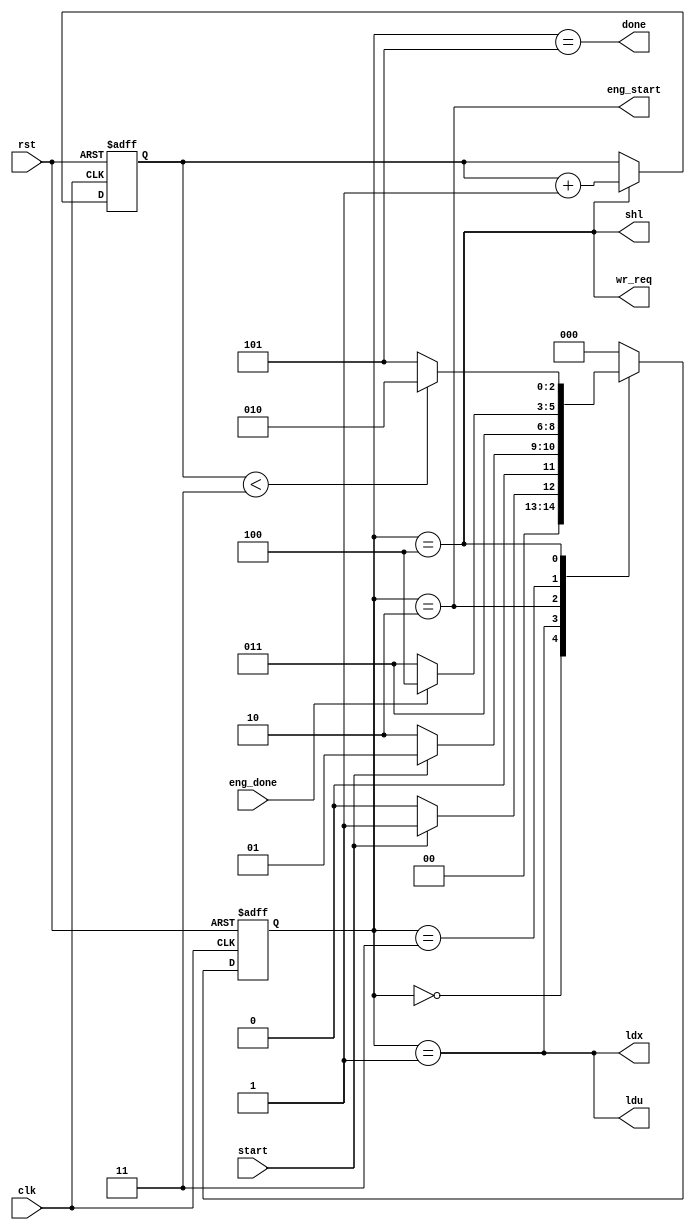
module Controller(clk, rst, wr_req, ldx, ldu, shl, eng_start, done, eng_done, start);
input clk, rst, eng_done, start;
output wr_req, ldx, ldu, shl, eng_start, done;

reg[2:0] ps, ns;
reg[1:0] count;
wire cnt;

parameter IDLE = 3'b000, WAIT = 3'b001, START = 3'b010, CALC = 3'b011, WRITE = 3'b100, DONE = 3'b101;

always @(posedge clk, posedge rst) begin
    if(rst) ps = IDLE;
    else ps = ns;
end

always @(*) begin
    ns = 3'b0;
    case (ps)
        IDLE: ns = start ? WAIT : IDLE; 
        WAIT: ns = start ? WAIT : START; 
        START: ns = CALC; 
        CALC: ns = eng_done ? WRITE : CALC; 
        WRITE: ns = count < 2'b11 ? START : DONE; 
        DONE: ns = IDLE; 
        default: ns = IDLE;
    endcase
end

always @(posedge clk, posedge rst) begin
    if(rst) count = 2'b0;
    else if(cnt) count = count + 1;
end

assign ldu = ps == WAIT;
assign ldx = ps == WAIT;
assign wr_req = ps == WRITE;
assign shl = ps == WRITE;
assign eng_start = ps == START;
assign done = ps == DONE;
assign cnt = ps == WRITE;
endmodule